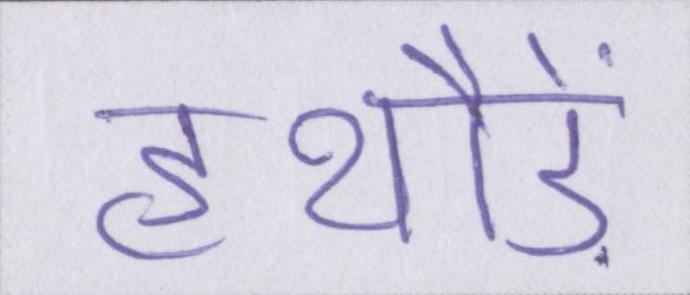
हथौड़े